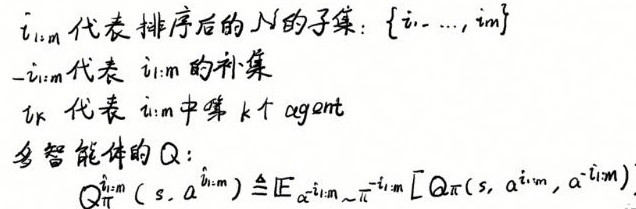
$i_{1:m}$ 代表排序后的 $\mathcal{N}$ 的子集: $\{i_1, \ldots, i_m\}$

$-i_{1:m}$ 代表 $i_{1:m}$ 的补集

$i_k$ 代表 $i_{1:m}$ 中第 $k$ 个 agent

多智能体的 $Q$:

$Q_{\pi}^{i_{1:m}}(s, a^{i_{1:m}}) \triangleq \mathbb{E}_{a^{-i_{1:m}} \sim \pi^{-i_{1:m}}}[Q_{\pi}(s, a^{i_{1:m}}, a^{-i_{1:m}})]$